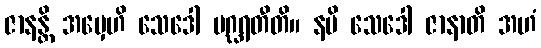
ဇာနန္တိ အမှေဟိ သေဒေါ ပဂ္ဃရတီတိ။ နပိ သေဒေါ ဇာနာတိ အဟံ